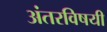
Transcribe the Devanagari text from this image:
अंतरविषयी